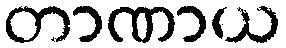
တာဏာယ